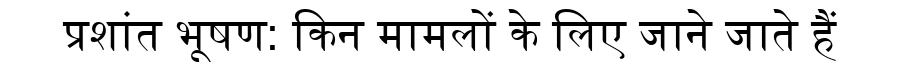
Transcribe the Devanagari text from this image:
प्रशांत भूषण: किन मामलों के लिए जाने जाते हैं